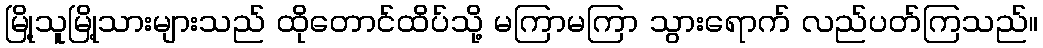
မြို့သူမြို့သားများသည် ထိုတောင်ထိပ်သို့ မကြာမကြာ သွားရောက် လည်ပတ်ကြသည်။